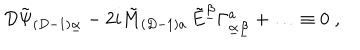
LaTeX: { \cal D } \tilde { \Psi } _ { ( D - 1 ) \underline { { { \alpha } } } } - 2 i \tilde { M } _ { ( D - 1 ) a } \, \tilde { E } ^ { \underline { { { \beta } } } } \Gamma _ { \underline { { { \alpha } } } \underline { { { \beta } } } } ^ { a } + \ldots \equiv 0 \; ,